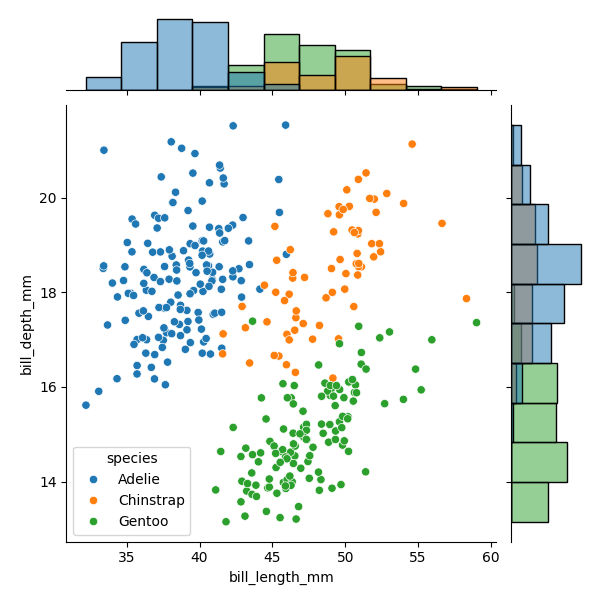
python, seaborn, JointGrid, scatterplot, histplot, hue